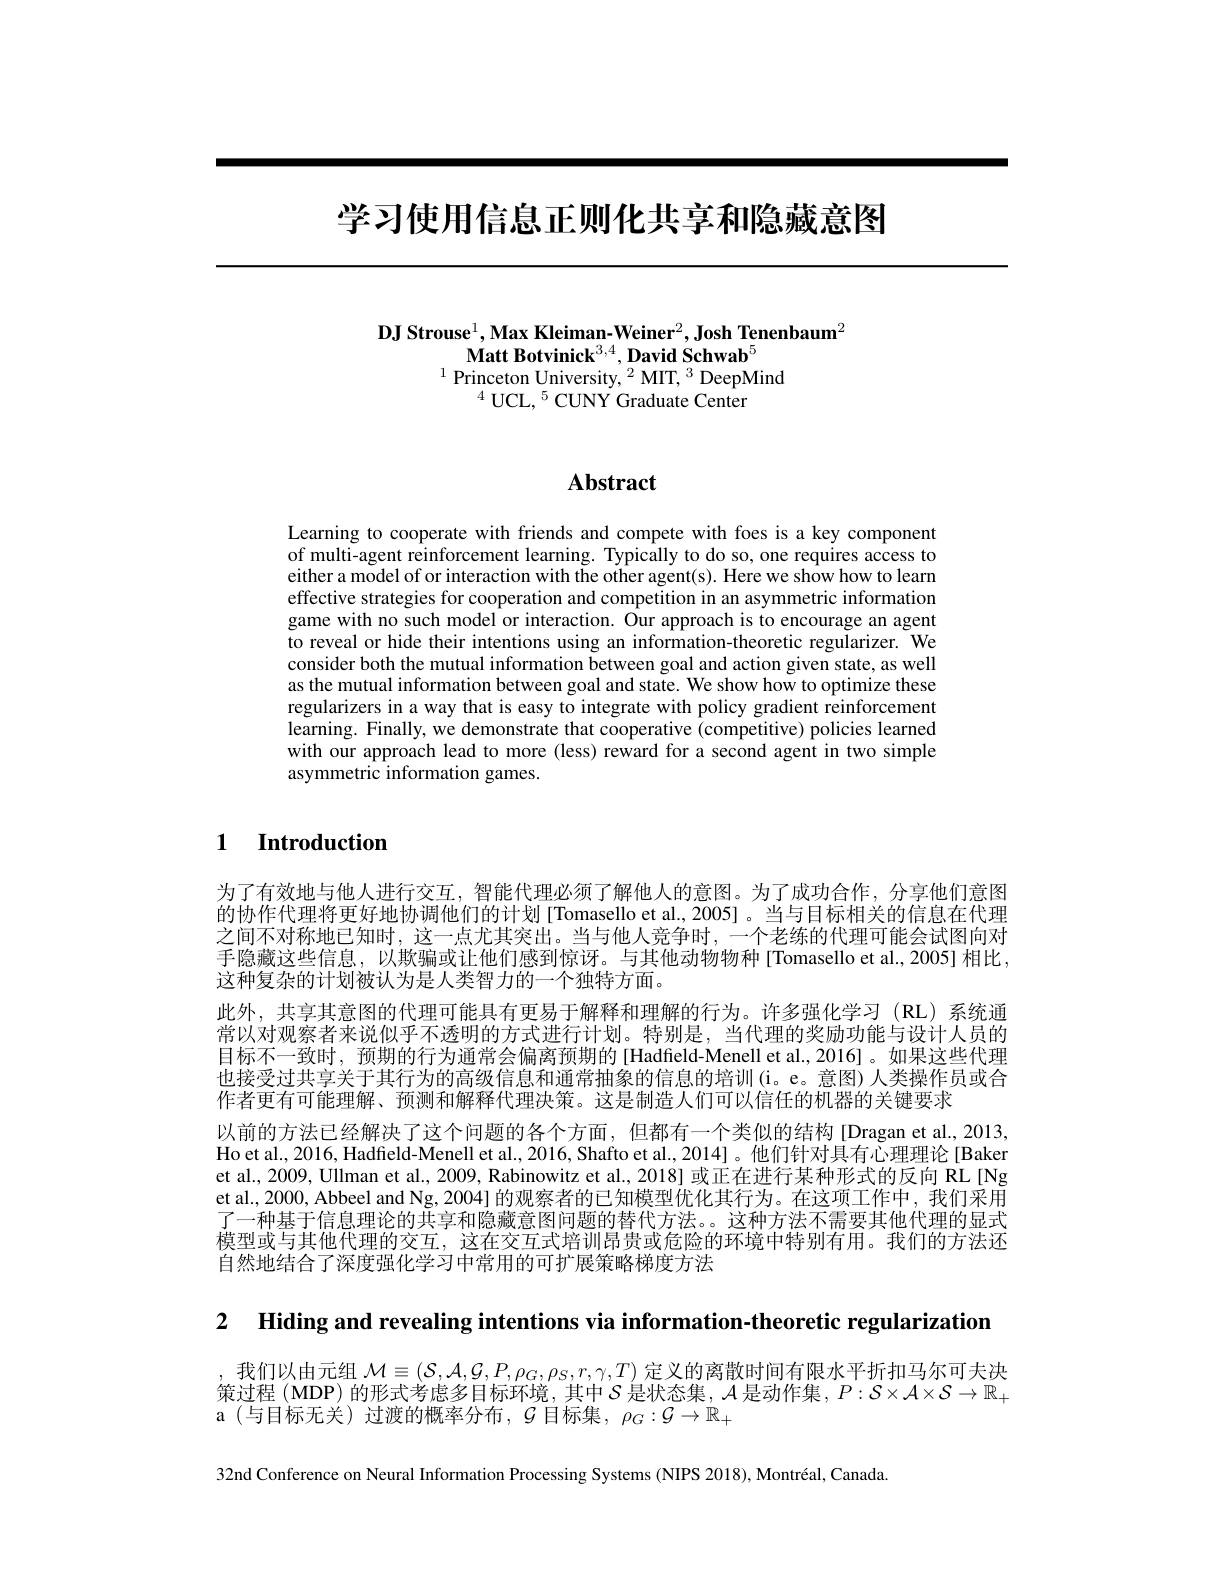
# 学习使用信息正则化共享和隐藏意图

## $\textbf{DJ Strouse}^1,\textbf{Max Kleiman-Weiner}^2,\textbf{Josh Tenenbaum}^2$ $\textbf{Matt Botvinick}^{3,4},\textbf{David Schwab}^{5}$ $^{1}$Princeton University,$^2$MIT,$^3$DeepMind $^{4}$UCL,$^5$CUNY Graduate Center

# Abstract

Learning to cooperate with friends and compete with foes is a key component of multi-agent reinforcement learning. Typically to do so, one requires access to either a model of or interaction with the other agent(s). Here we show how to learn effective strategies for cooperation and competition in an asymmetric information game with no such model or interaction. Our approach is to encourage an agent to reveal or hide their intentions using an information-theoretic regularizer. We consider both the mutual information between goal and action given state, as well as the mutual information between goal and state. We show how to optimize these regularizers in a way that is easy to integrate with policy gradient reinforcement learning. Finally, we demonstrate that cooperative (competitive) policies learned with our approach lead to more (less) reward for a second agent in two simple asymmetric information games.

## 1 Introduction

为了有效地与他人进行交互，智能代理必须了解他人的意图。为了成功合作，分享他们意图的协作代理将更好地协调他们的计划[Tomasello et al.,2005]。当与目标相关的信息在代理之间不对称地已知时，这一点尤其突出。当与他人竞争时，一个老练的代理可能会试图向对手隐藏这些信息，以欺骗或让他们感到惊讶。与其他动物物种[Tomasello et al.,2005]相比， 这种复杂的计划被认为是人类智力的一个独特方面。
此外，共享其意图的代理可能具有更易于解释和理解的行为。许多强化学习(RL)系统通常以对观察者来说似乎不透明的方式进行计划。特别是，当代理的奖励功能与设计人员的目标不一致时，预期的行为通常会偏离预期的[Hadfield-Menell et al., 2016]。如果这些代理也接受过共享关于其行为的高级信息和通常抽象的信息的培训(i。e。意图)人类操作员或合作者更有可能理解、预测和解释代理决策。这是制造人们可以信任的机器的关键要求
以前的方法已经解决了这个问题的各个方面，但都有一个类似的结构[Dragan et al., 2013, Ho et al., 2016, Hadfield-Menell et al., 2016, Shafto et al., 2014]。他们针对具有心理理论[Baker et al., 2009, Ullman et al., 2009, Rabinowitz et al., 2018] 或正在进行某种形式的反向 RL[Ng et al., 2000, Abbeel and Ng, 2004] 的观察者的已知模型优化其行为。在这项工作中，我们采用了一种基于信息理论的共享和隐藏意图问题的替代方法。。这种方法不需要其他代理的显式模型或与其他代理的交互，这在交互式培训昂贵或危险的环境中特别有用。我们的方法还自然地结合了深度强化学习中常用的可扩展策略梯度方法

2 Hiding and revealing intentions via information-theoretic regularization

,我们以由元组$\mathcal{M}\equiv(\mathcal{S},\mathcal{A},\mathcal{G},P,\rho_G,\rho_S,r,\gamma,T)$定义的离散时间有限水平折扣马尔可夫决策过程 (MDP) 的形式考虑多目标环境，其中$\mathcal{S}$是状态集，$\mathcal{A}$是动作集 , $P:\mathcal{S}\times\mathcal{A}\times\mathcal{S}\to\mathbb{R}_+$ a(与目标无关)过渡的概率分布，$\mathcal{G}$目标集，$\rho_G:\mathcal{G}\to\mathbb{R}_+$

32nd Conference on Neural Information Processing Systems (NIPS 2018), Montréal, Canada